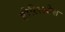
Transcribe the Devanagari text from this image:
हीलिओस